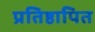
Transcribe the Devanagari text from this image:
प्रतिष्ठापित